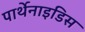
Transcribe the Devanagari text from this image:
पार्थेनाइडिस